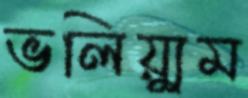
ভলিয়্যুম